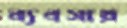
ব্যবসায়